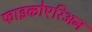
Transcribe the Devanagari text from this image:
फाइकोएरिअन